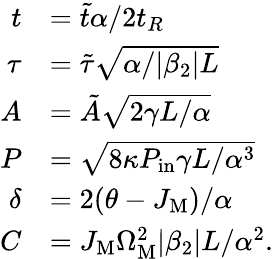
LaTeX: \begin{array}{rl}{t}&{=\tilde{t}\alpha/2t_{R}}\\ {\tau}&{=\tilde{\tau}\sqrt{\alpha/|\beta_{2}|L}}\\ {A}&{=\tilde{A}\sqrt{2\gamma L/\alpha}}\\ {P}&{=\sqrt{8\kappa P_{\mathrm{in}}\gamma L/\alpha^{3}}}\\ {\delta}&{=2(\theta-J_{\mathrm{M}})/\alpha}\\ {C}&{=J_{\mathrm{M}}\Omega_{\mathrm{M}}^{2}|\beta_{2}|L/\alpha^{2}.}\end{array}